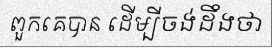
ពួកគេបាន ដើម្បីចង់ដឹងថា